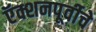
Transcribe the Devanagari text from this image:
ऍक्शनपूर्वीचे